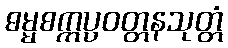
ဓမ္မစက္ကပ္ပဝတ္တနသုတ္တံ